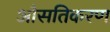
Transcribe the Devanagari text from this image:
औसतिकरण